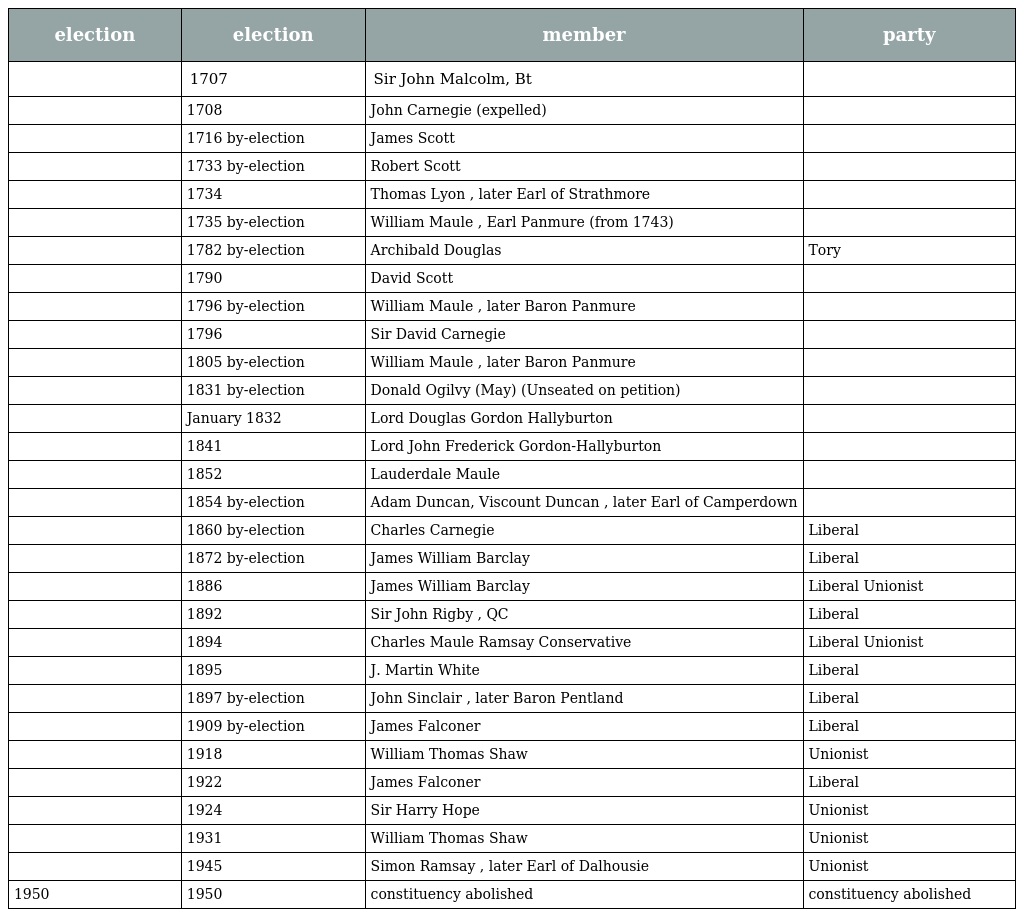
| election | election | member | party |
 | --- | --- | --- | --- |
 |  | 1707 | Sir John Malcolm, Bt |  |
 |  | 1708 | John Carnegie (expelled) |  |
 |  | 1716 by-election | James Scott |  |
 |  | 1733 by-election | Robert Scott |  |
 |  | 1734 | Thomas Lyon , later Earl of Strathmore |  |
 |  | 1735 by-election | William Maule , Earl Panmure (from 1743) |  |
 |  | 1782 by-election | Archibald Douglas | Tory |
 |  | 1790 | David Scott |  |
 |  | 1796 by-election | William Maule , later Baron Panmure |  |
 |  | 1796 | Sir David Carnegie |  |
 |  | 1805 by-election | William Maule , later Baron Panmure |  |
 |  | 1831 by-election | Donald Ogilvy (May) (Unseated on petition) |  |
 |  | January 1832 | Lord Douglas Gordon Hallyburton |  |
 |  | 1841 | Lord John Frederick Gordon-Hallyburton |  |
 |  | 1852 | Lauderdale Maule |  |
 |  | 1854 by-election | Adam Duncan, Viscount Duncan , later Earl of Camperdown |  |
 |  | 1860 by-election | Charles Carnegie | Liberal |
 |  | 1872 by-election | James William Barclay | Liberal |
 |  | 1886 | James William Barclay | Liberal Unionist |
 |  | 1892 | Sir John Rigby , QC | Liberal |
 |  | 1894 | Charles Maule Ramsay Conservative | Liberal Unionist |
 |  | 1895 | J. Martin White | Liberal |
 |  | 1897 by-election | John Sinclair , later Baron Pentland | Liberal |
 |  | 1909 by-election | James Falconer | Liberal |
 |  | 1918 | William Thomas Shaw | Unionist |
 |  | 1922 | James Falconer | Liberal |
 |  | 1924 | Sir Harry Hope | Unionist |
 |  | 1931 | William Thomas Shaw | Unionist |
 |  | 1945 | Simon Ramsay , later Earl of Dalhousie | Unionist |
 | 1950 | 1950 | constituency abolished | constituency abolished |